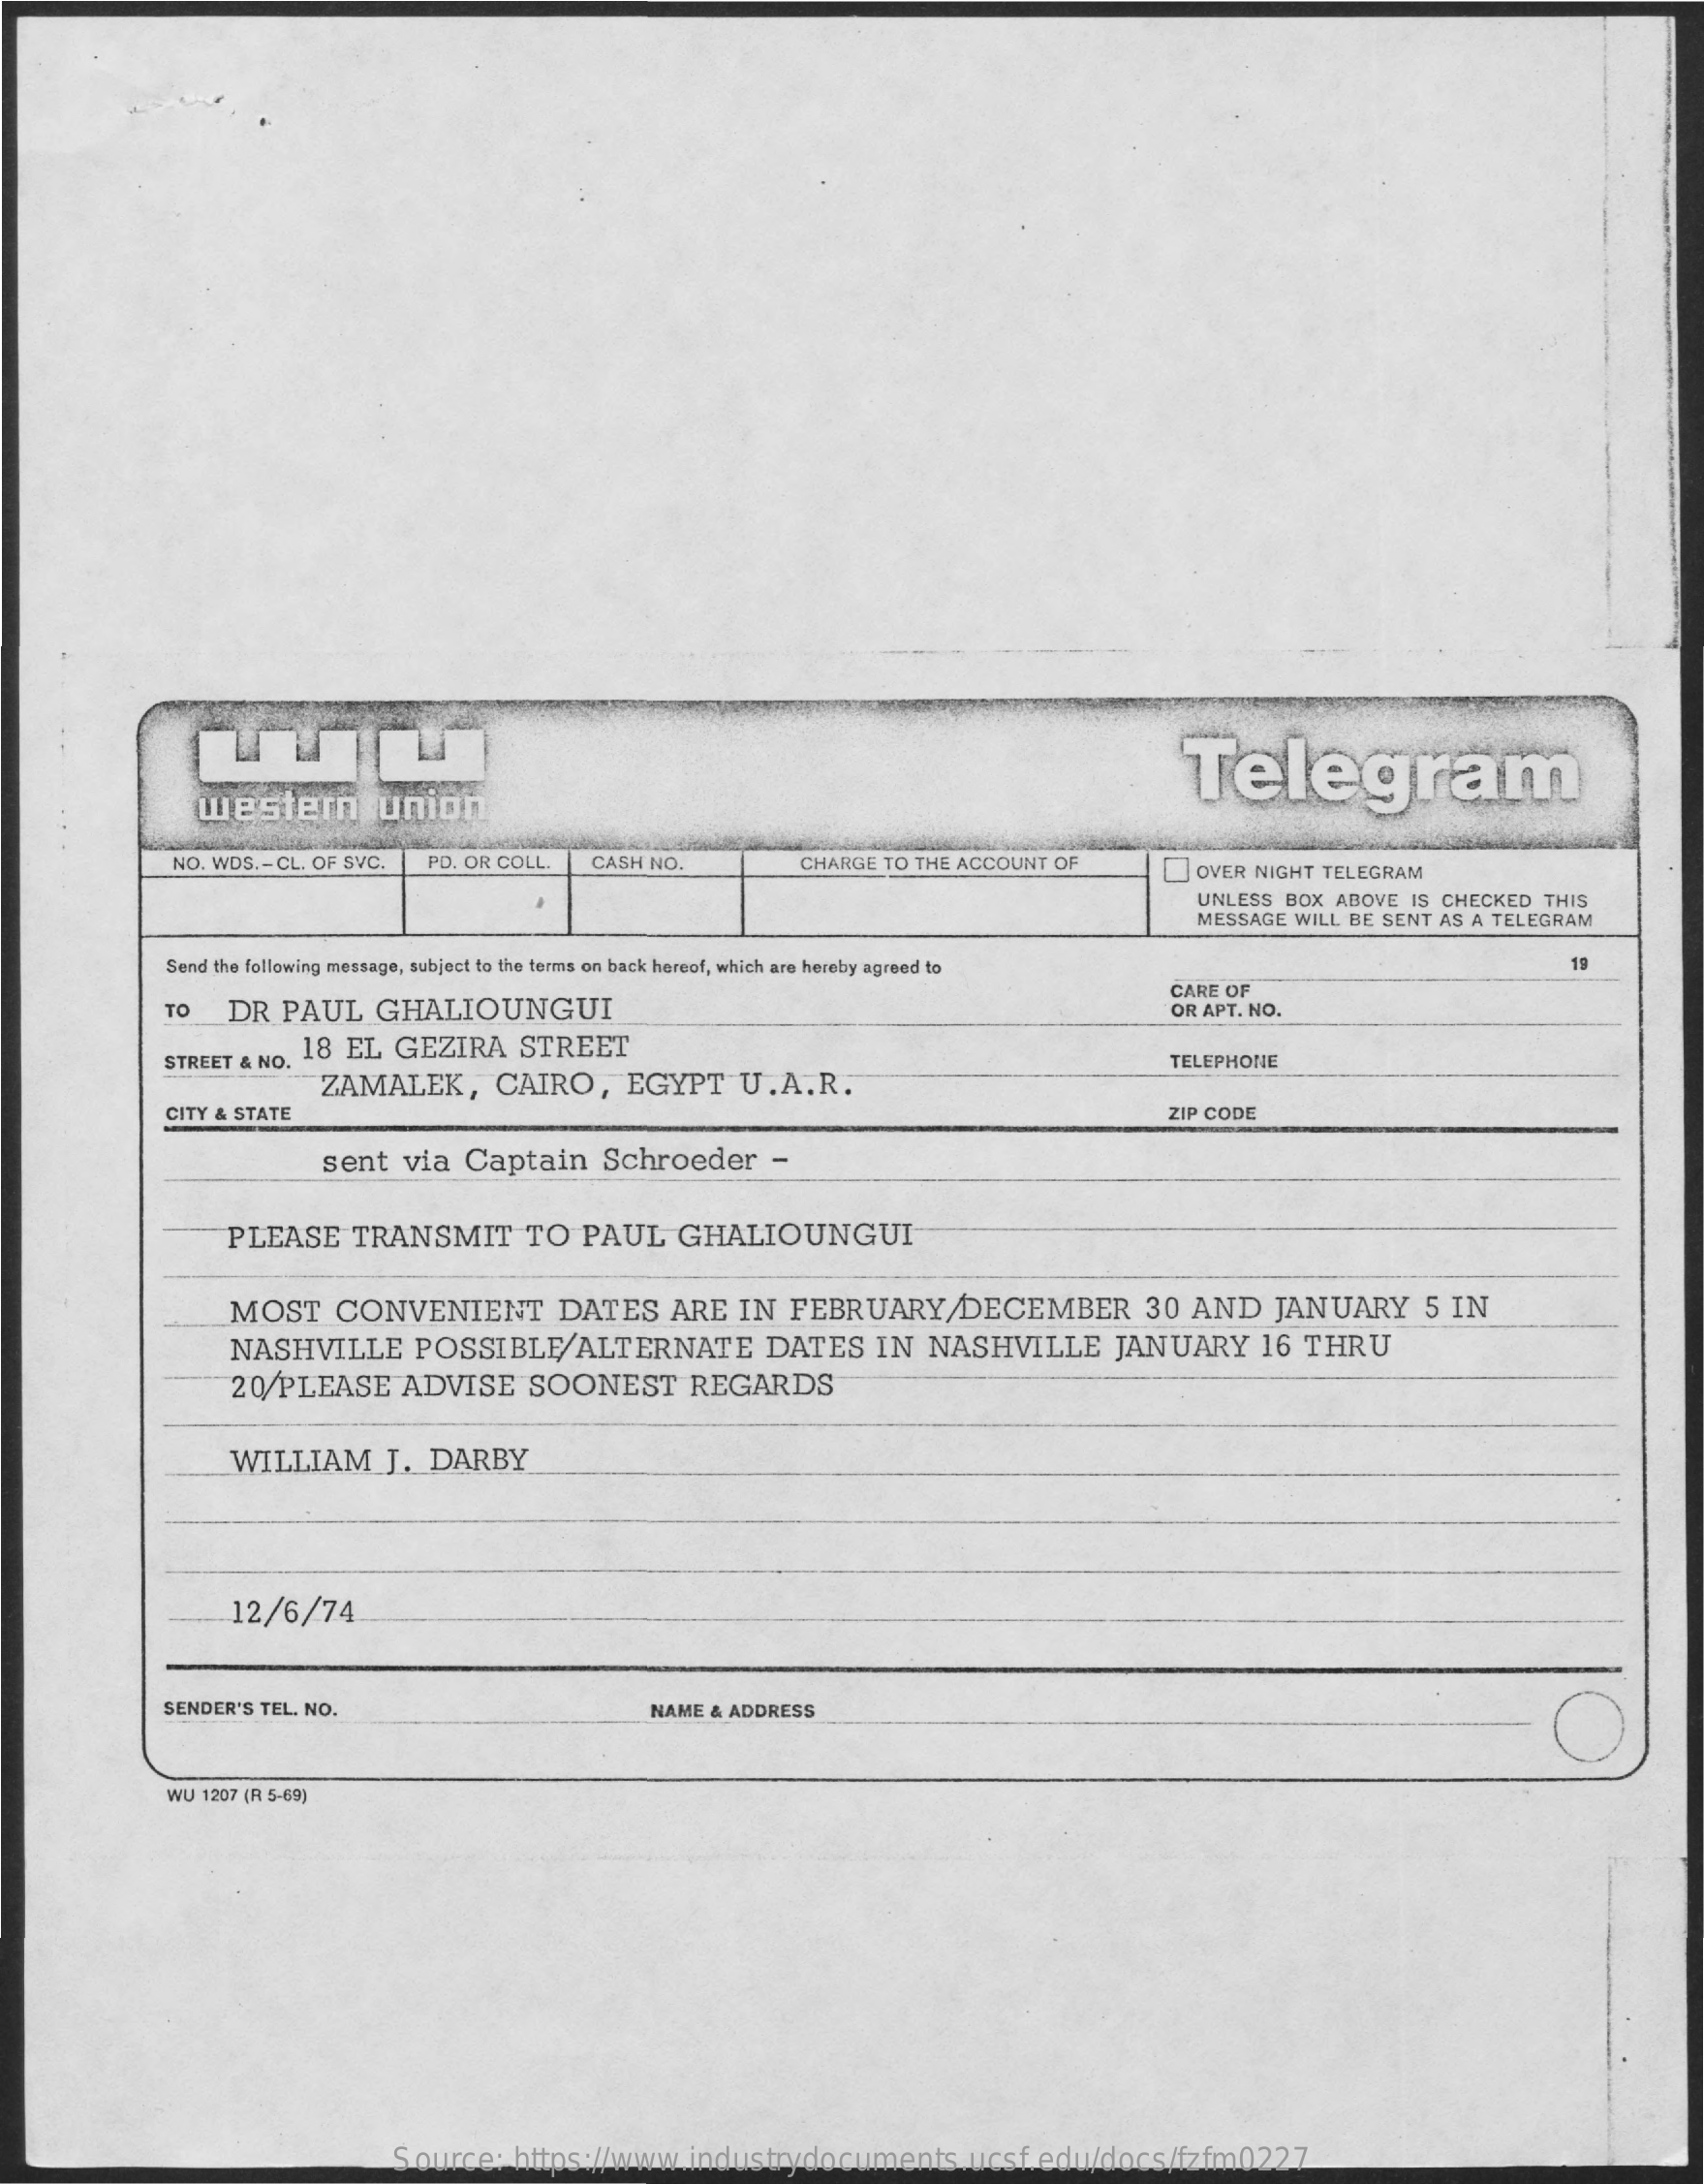
Telegram
     western    union
     NO. WDS .- CL. OF SVC.   PO. OR COLL.    CASH NO.    CHARGE TO  THE ACCOUNT  OF    OVER  NIGHT TELEGRAM
     UNLESS   BOX  ABOVE  IS CHECKED   THIS
     MESSAGE   WILL BE SENT  AS A TELEGRAM
     Send the following message, subject to the terms on back hereof, which are hereby agreed to
     TO    DR   PAUL    GHALIOUNGUI
     CARE  OF
     OR APT. NO.
     STREET  & NO.
     18  EL  GEZIRA    STREET
     ZAMALEK,    CAIRO,    EGYPT    U.A.R.
     TELEPHONE
     CITY & STATE    ZIP CODE
     sent   via   Captain    Schroeder    -
     PLEASE    TRANSMIT    TO    PAUL    GHALIOUNGUI
     MOST    CONVENIENT    DATES    ARE    IN   FEBRUARY/DECEMBER    30  AND    JANUARY    5  IN
     NASHVILLE    POSSIBLE/ALTERNATE    DATES    IN   NASHVILLE    JANUARY    16   THRU
     20/PLEASE    ADVISE    SOONEST    REGARDS
     WILLIAM    J.   DARBY
     12/6/74
     SENDER'S TEL. NO.    NAME  & ADDRESS
     WU 1207 (R 5-69)
     Source:    https://www.industrydocuments.ucsf.edu/docs/fzfm0227